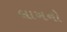
લાખનો